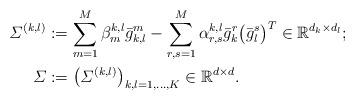
LaTeX: \begin{align*}\varSigma^{(k,l)}& := \sum_{m=1}^M\beta_m^{k,l} \bar{g}_{k,l}^m - \sum_{r,s=1}^M \alpha_{r,s}^{k,l}\bar{g}_k^r \bigl(\bar{g}_l^s\bigr)^T \in \mathbb{R}^{d_k \times d_l} ;\\\varSigma&:= \bigl(\varSigma^{(k,l)} \bigr)_{k,l=1,\dots,K} \in\mathbb{R}^{d \times d}.\end{align*}